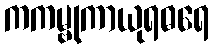
ကကမ္ဗုကာယုရဓရေ